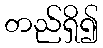
တည်ရှိ၍